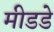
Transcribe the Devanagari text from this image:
मीडडे